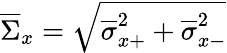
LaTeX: \overline{{\Sigma}}_{x}=\sqrt{\overline{{\sigma}}_{x+}^{2}+\overline{{\sigma}}_{x-}^{2}}